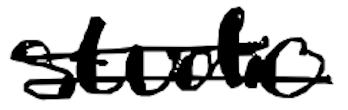
Text: studio
Cross-out: mix
Writing tool: digital_black